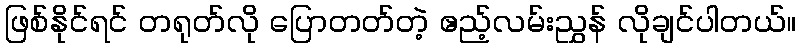
ဖြစ်နိုင်ရင် တရုတ်လို ပြောတတ်တဲ့ ဧည့်လမ်းညွှန် လိုချင်ပါတယ်။